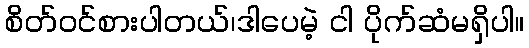
စိတ်ဝင်စားပါတယ်၊ဒါပေမဲ့ ငါ ပိုက်ဆံမရှိပါ။